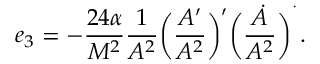
e _ { 3 } = - \frac { 2 4 \alpha } { M ^ { 2 } } \frac { 1 } { A ^ { 2 } } \bigg ( \frac { A ^ { \prime } } { A ^ { 2 } } \bigg ) ^ { \prime } \bigg ( \frac { \dot { A } } { A ^ { 2 } } \bigg ) ^ { \dot { \ } } .